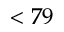
< 7 9